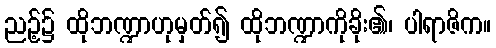
ညဉ့်၌ ထိုဘဏ္ဍာဟုမှတ်၍ ထိုဘဏ္ဍာကိုခိုး၏၊ ပါရာဇိက။